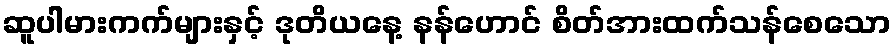
ဆူပါမားကက်များနှင့် ဒုတိယနေ့ နန်ဟောင် စိတ်အားထက်သန်စေသော